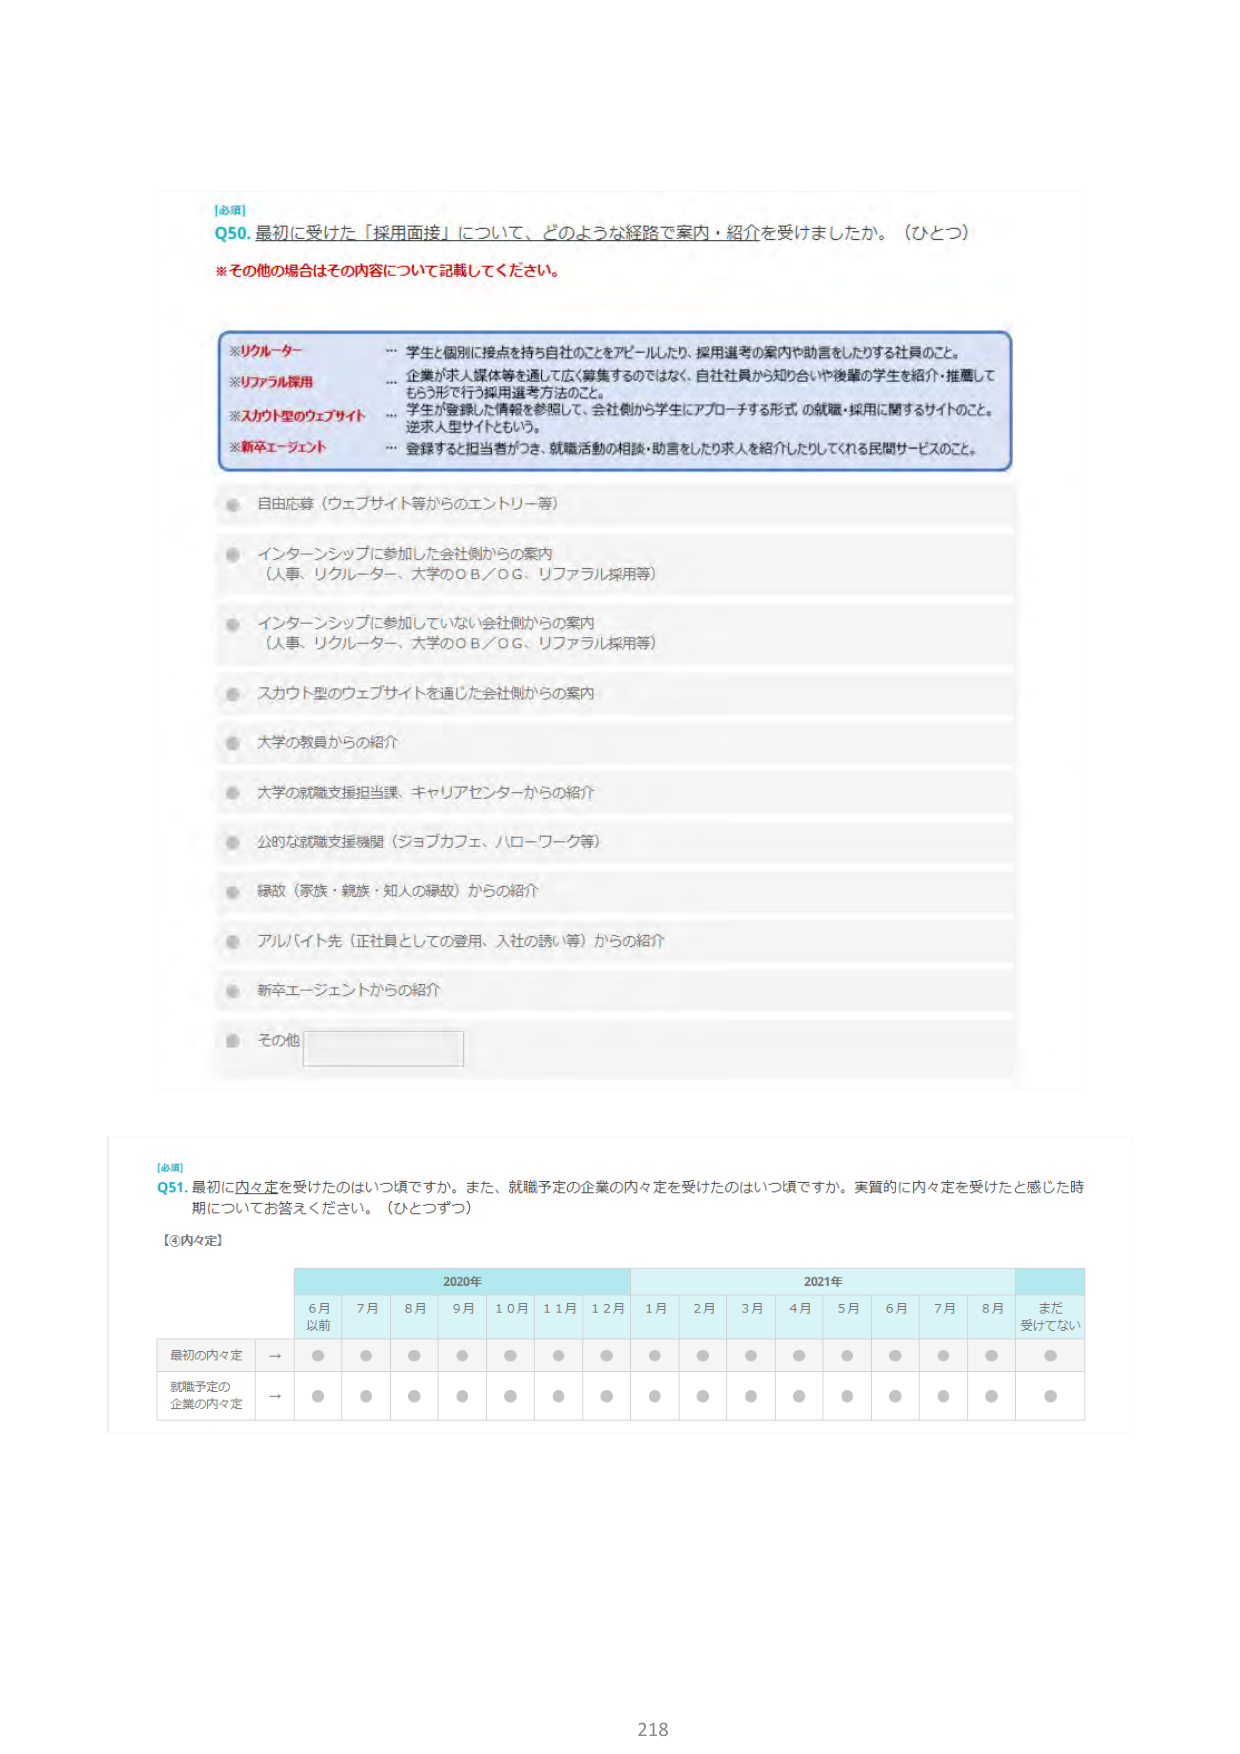
【必須】
Q50. 最初に受けた「採用面接」について、どのような経路で案内・紹介を受けましたか。（ひとつ）
※その他の場合はその内容について記載してください。

※リクルーター
… 学生と個別に接点を持ち自社のことをアピールしたり、採用選考の案内や助言をしたりする社員のこと。

※リファラル採用
… 企業が求人媒体等を通して広く募集するのではなく、自社社員から知り合いや後輩の学生を紹介・推薦してもらう形で行う採用選考方法のこと。

※スカウト型のウェブサイト
… 学生が登録した情報を参照して、会社側から学生にアプローチする形式の就職・採用に関するサイトのこと。
送求人型サイトともいう。

※新卒エージェント
… 登録すると担当者がつき、就職活動の相談・助言をしたり求人を紹介したりしてくれる民間サービスのこと。

● 自由応募（ウェブサイト等からのエントリー等）
● インターンシップに参加した会社側からの案内
（人事、リクルーター、大学のOB／OG、リファラル採用等）
● インターンシップに参加していない会社側からの案内
（人事、リクルーター、大学のOB／OG、リファラル採用等）
● スカウト型のウェブサイトを通じた会社側からの案内
● 大学の教員からの紹介
● 大学の就職支援担当課、キャリアセンターからの紹介
● 公的就職支援機関（ジョブカフェ、ハローワーク等）
● 親族（家族・親族・知人の親故）からの紹介
● アルバイト先（正社員としての登用、入社の誘い等）からの紹介
● 新卒エージェントからの紹介
● その他

【必須】
Q51. 最初に内々定を受けたのはいつ頃ですか。また、就職予定の企業の内々定を受けたのはいつ頃ですか。実質的に内々定を受けたと感じた時期についてお答えください。（ひとつずつ）

【③内々定】

2020年
2021年

6月以前　7月　8月　9月　10月　11月　12月　1月　2月　3月　4月　5月　6月　7月　8月　まだ受けてない

最初の内々定　→ ● ● ● ● ● ● ● ● ● ● ● ● ● ● ● ●
就職予定の企業の内々定　→ ● ● ● ● ● ● ● ● ● ● ● ● ● ● ● ●

218